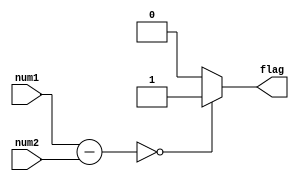
module equality_comparator (
    input [7:0] num1,
    input [7:0] num2,
    output reg flag
);

reg [7:0] difference;

always @(*) begin
    difference = num1 - num2;
    
    if (difference == 0) begin
        flag = 1;
    end else begin
        flag = 0;
    end
end

endmodule